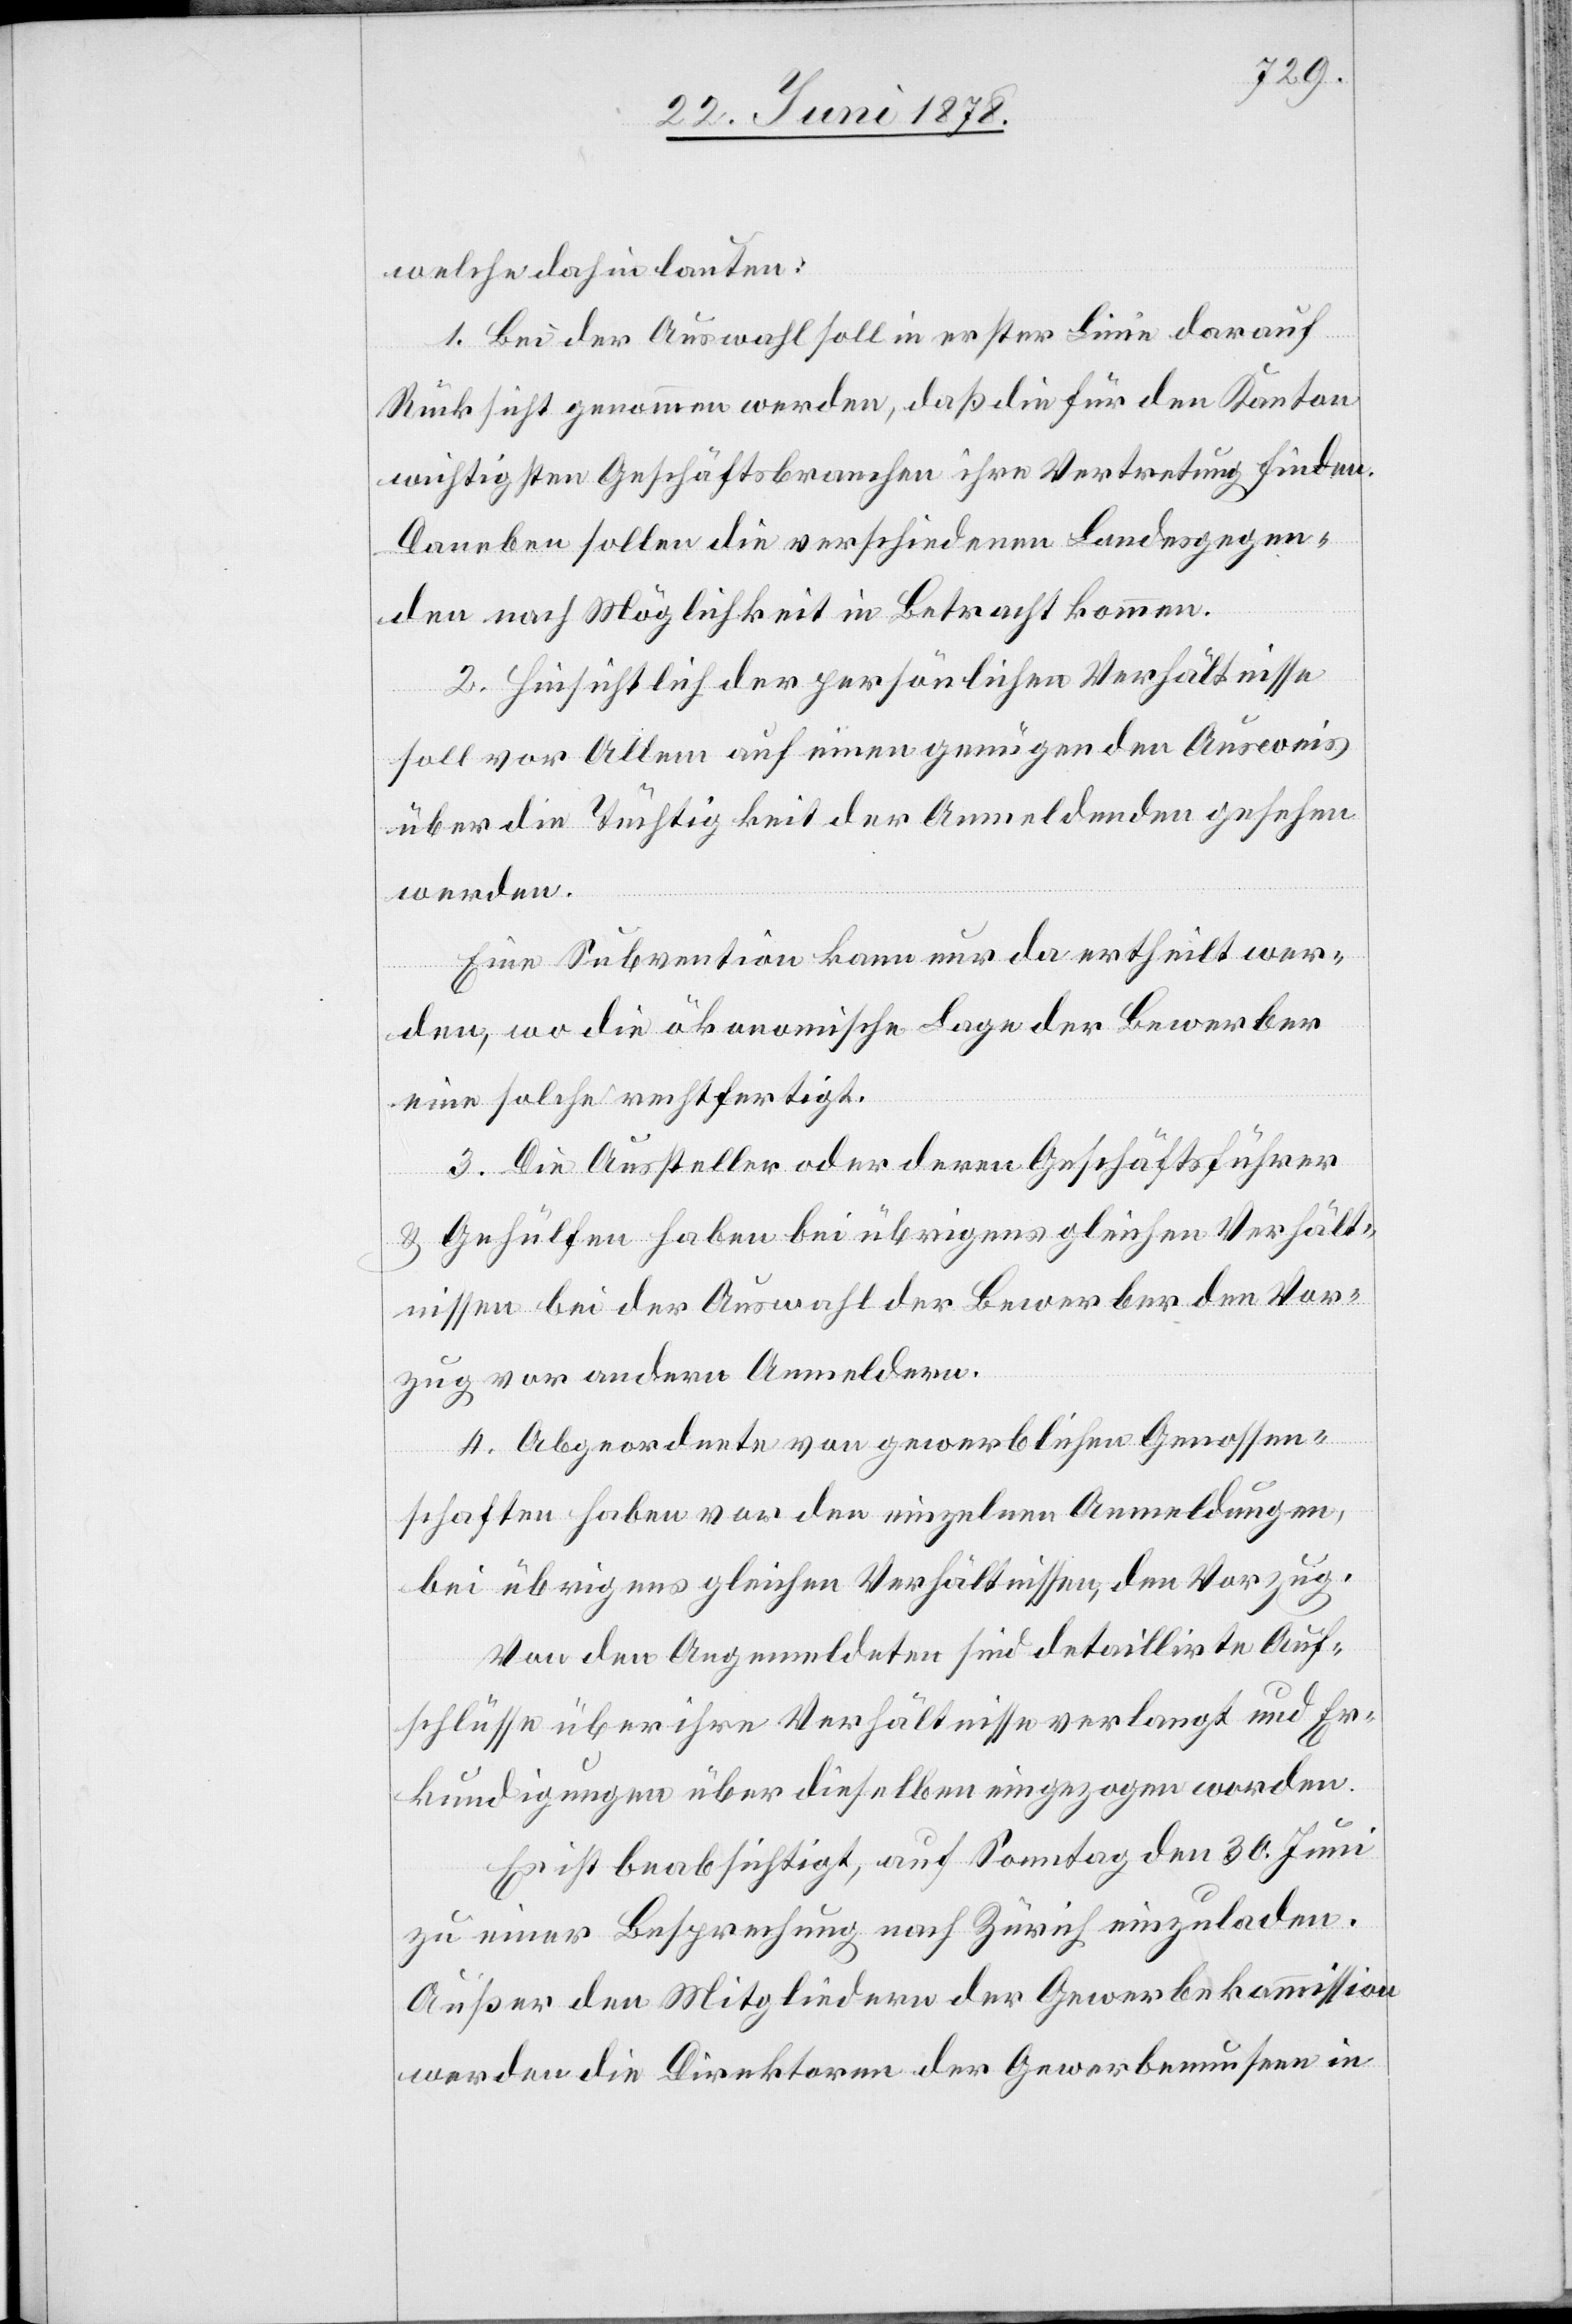
welche dahin lauten:
1. Bei der Auswahl soll in erster Linie darauf
Rücksicht genommen werden, daß die für den Kanton
wichtigsten Geschäftsbranchen ihre Vertretung finden.
Daneben sollen die verschiedenen Landesgegen¬
den nach Möglichkeit in Betracht kommen.
2. Hinsichtlich der persönlichen Verhältnisse
soll vor Allem auf einen genügenden Ausweis
über die Tüchtigkeit der Anmeldenden gesehen
werden.
Eine Subvention kann nur da ertheilt wer¬
den, wo die ökonomische Lage der Bewerber
eine solche rechtfertigt.
3. Die Aussteller oder deren Geschäftsführer
& Gehülfen haben bei übrigens gleichen Verhält¬
nissen bei der Auswahl der Bewerber den Vor¬
zug vor andern Anmeldern.
4. Abgeordnete von gewerblichen Genossen¬
schaften haben vor den einzelnen Anmeldungen,
bei übrigens gleichen Verhältnissen, den Vorzug.
Von den Angemeldeten sind detaillirte Auf¬
schlüsse über ihre Verhältnisse verlangt und Er¬
kundigungen über dieselben eingezogen worden.
Es ist beabsichtigt, auf Sonntag den 30. Juni
zu einer Besprechung nach Zürich einzuladen.
Außer den Mitgliedern der Gewerbekommission
werden die Direktoren der Gewerbemuseen in